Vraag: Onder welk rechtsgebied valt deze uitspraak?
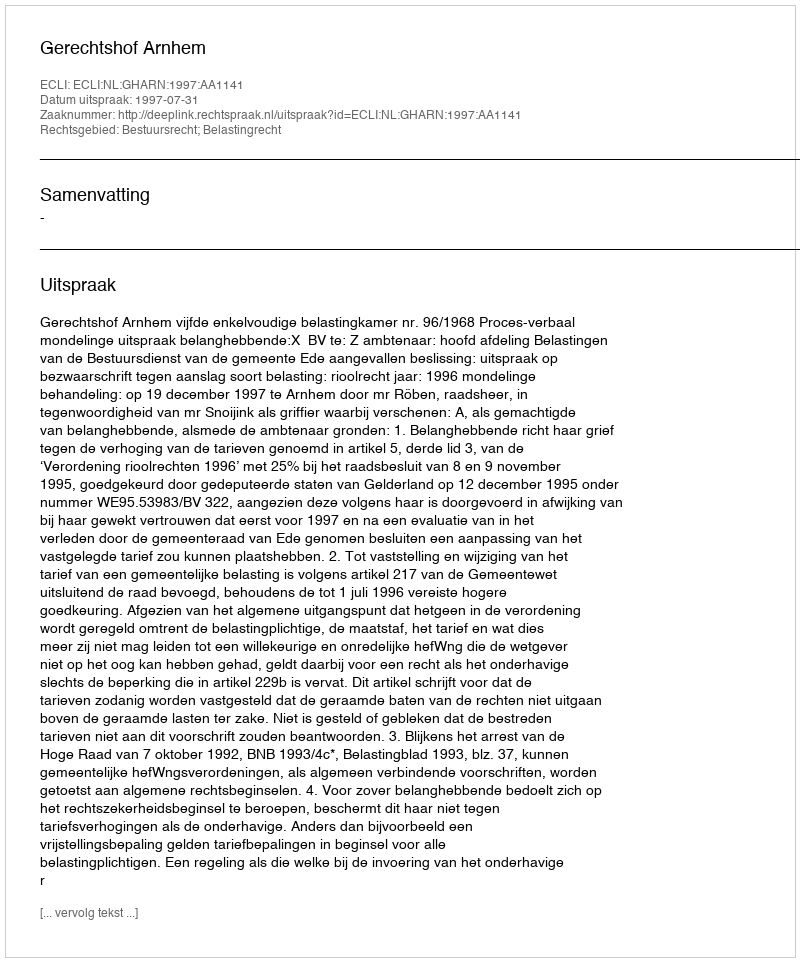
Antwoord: Bestuursrecht; Belastingrecht